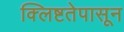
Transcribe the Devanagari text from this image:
क्लिष्टतेपासून